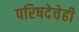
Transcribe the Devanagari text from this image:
परिषदेचेही